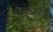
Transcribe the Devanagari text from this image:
धुंधरी